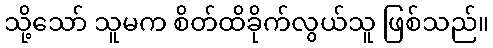
သို့သော် သူမက စိတ်ထိခိုက်လွယ်သူ ဖြစ်သည်။